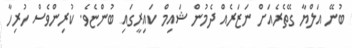
ބުނޭ އަލްޔާ ގޭތެރެއަށް ނަޒަރެއް ދެމުން ޝައިމް ކައިރީގައި ބުންޏެވެ. ކުރިންވެސް ހުރިހާ